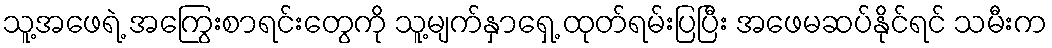
သူ့အဖေရဲ့ အကြွေးစာရင်းတွေကို သူ့မျက်နှာရှေ့ ထုတ်ရမ်းပြပြီး အဖေမဆပ်နိုင်ရင် သမီးက